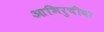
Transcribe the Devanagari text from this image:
आभिरुचीवर